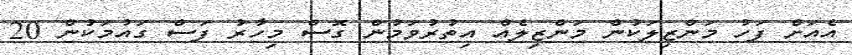
އެއަށް ފަހު މަންޒިލަކުން މަންޒިލެއް އިތުރުވަމުން ގޮސް މިހާރު ފަސް ގައުމަކުން 20